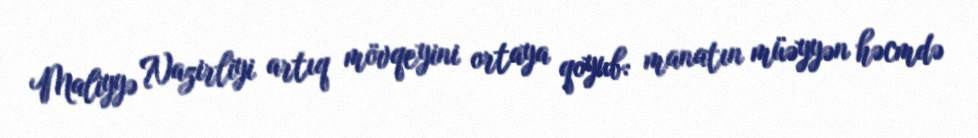
Maliyyə Nazirliyi artıq mövqeyini ortaya qoyub: manatın müəyyən həcmdə